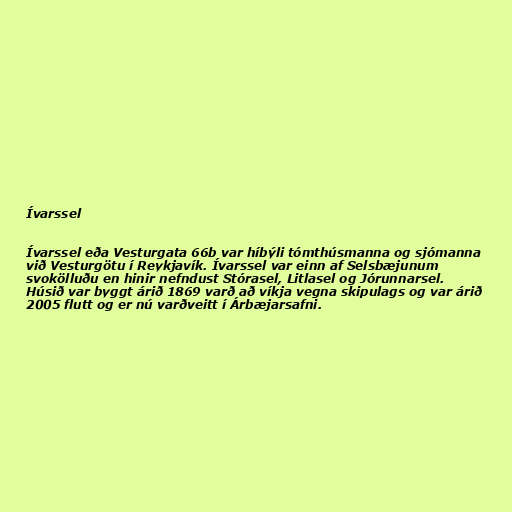
Ívarssel

Ívarssel eða Vesturgata 66b var híbýli tómthúsmanna og sjómanna
við Vesturgötu í Reykjavík. Ívarssel var einn af Selsbæjunum
svokölluðu en hinir nefndust Stórasel, Litlasel og Jórunnarsel.
Húsið var byggt árið 1869 varð að víkja vegna skipulags og var árið
2005 flutt og er nú varðveitt í Árbæjarsafni.